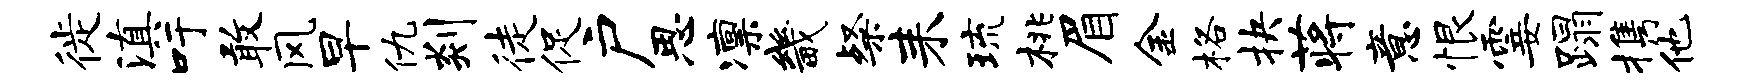
徙滇吁敢风早仇剡徒促户思凛畿粲耒琉桃眉金格抉蒋意恨霎蹋携他